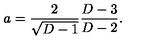
a = { \frac { 2 } { \sqrt { D - 1 } } } { \frac { D - 3 } { D - 2 } } .